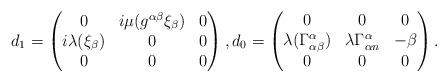
LaTeX: \begin{align*} d_1= \begin{pmatrix} 0 & i\mu(g^{\alpha\beta}\xi_\beta) & 0\\ i\lambda (\xi_\beta) & 0 & 0\\ 0 & 0 & 0 \end{pmatrix}, d_0= \begin{pmatrix} 0 & 0 & 0\\ \lambda (\Gamma^\alpha_{\alpha\beta}) & \lambda \Gamma^\alpha_{\alpha n} & -\beta\\ 0 & 0 & 0 \end{pmatrix}.\end{align*}